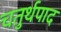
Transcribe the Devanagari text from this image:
चतुर्थपाद